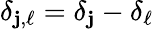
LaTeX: \delta_{\mathbf{j},\ell}=\delta_{\mathbf{j}}-\delta_{\ell}